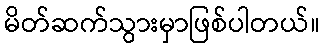
မိတ်ဆက်သွားမှာဖြစ်ပါတယ်။